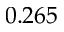
0 . 2 6 5